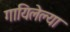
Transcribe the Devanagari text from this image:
गायिलेल्या